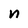
Character: n